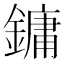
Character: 鏞